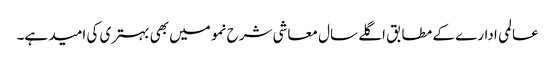
عالمی ادارے کے مطابق اگلے سال معاشی شرح نمو میں بھی بہتری کی امید ہے۔